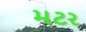
મટર